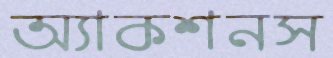
অ্যাকশনস